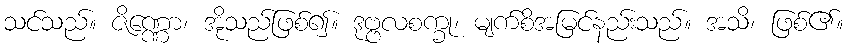
သင်သည်။ ဇိဏ္ဏော၊ အိုသည်ဖြစ်၍။ ဒုဗ္ဗလစက္ခု၊ မျက်စိအမြင်နည်းသည်။ အသိ၊ ဖြစ်၏။